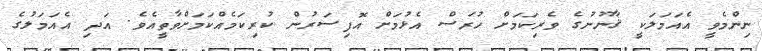
ނިންމެވީ އެއަމަލަކީ ޤާނޫނުގެ ވެރިކަމަށް ހުރަސް އެޅުމަށް އޮފިސަރުން ކުރިކަމެއްކަމަށްވާތީއެވެ. އަދި އެއަމަލުގެ